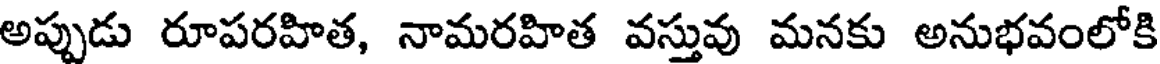
అప్పుడు రూపరహిత, నామరహిత వస్తువు మనకు అనుభవంలోకి